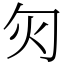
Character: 灳